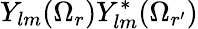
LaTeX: Y_{lm}(\Omega_{r})Y_{lm}^{*}(\Omega_{r^{\prime}})